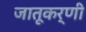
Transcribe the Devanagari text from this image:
जातूकर्णी